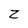
Character: Z